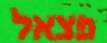
פצאל